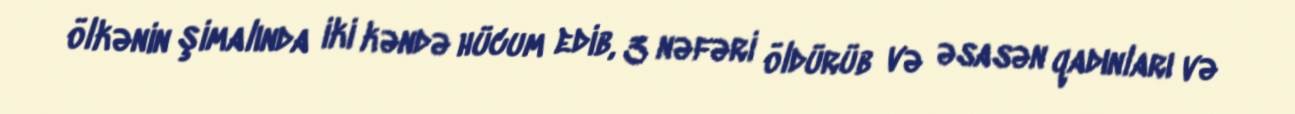
ölkənin şimalında iki kəndə hücum edib, 3 nəfəri öldürüb və əsasən qadınları və